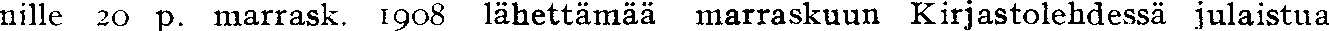
nille 20 p. marrask. 1908 lähettämää marraskuun Kirjastolehdessä julaistua